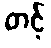
တင့်